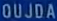
OUJDA